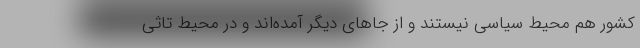
کشور هم محیط سیاسی نیستند و از جاهای دیگر آمده‌اند و در محیط تاثی